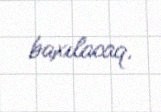
baxılacaq.